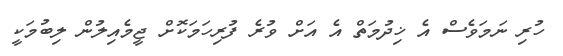
ހުރި ނަމަވެސް އެ ޚިދުމަތް އެ އަށް ވުރެ ފުރިހަމަކޮށް ޖީމެއިލުން ލިބުމަކީ